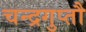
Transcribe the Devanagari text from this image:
चन्द्रगुप्तौ